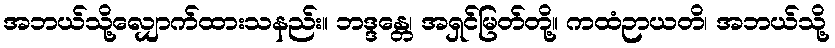
အဘယ်သို့လျှောက်ထားသနည်း။ ဘဒ္ဒန္တေ၊ အရှင်မြတ်တို့။ ကထံဉာယတိ၊ အဘယ်သို့